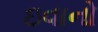
ઇવાનો